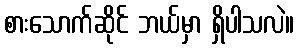
စားသောက်ဆိုင် ဘယ်မှာ ရှိပါသလဲ။